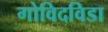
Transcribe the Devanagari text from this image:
गोविदविडा